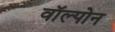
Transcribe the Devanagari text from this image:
वॉल्पोन